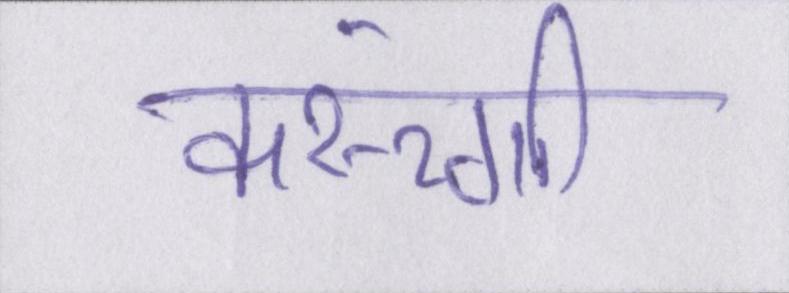
करूंगी